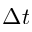
\Delta t